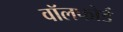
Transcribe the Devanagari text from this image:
वॉलफोर्ड